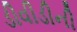
ડીવીડીની